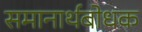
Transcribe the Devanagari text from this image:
समानार्थबोधक